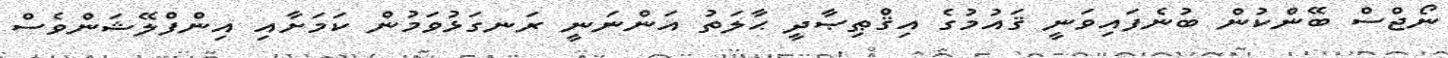
ނޯޖްސް ބޭންކުން ބުނެފައިވަނީ ޤައުމުގެ އިޤްޠިޞާދީ ޙާލަތު އަންނަނީ ރަނގަޅުވަމުން ކަމަށާއި އިންފްލޭޝަންވެސް